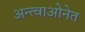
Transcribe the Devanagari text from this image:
अन्त्वाओनेत